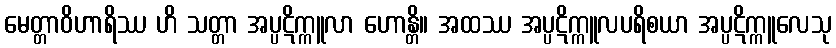
မေတ္တာဝိဟာရိဿ ဟိ သတ္တာ အပ္ပဋိက္ကူလာ ဟောန္တိ။ အထဿ အပ္ပဋိက္ကူလပရိစယာ အပ္ပဋိက္ကူလေသု